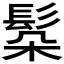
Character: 𩬻